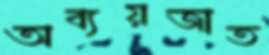
অব্যয়জাত